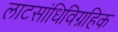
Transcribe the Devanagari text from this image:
लाटसांधिविग्रहिक